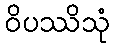
ဝိပဿိသုံ